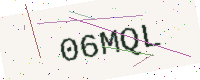
Text: 06MQL